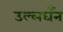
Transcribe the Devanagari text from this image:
उल्लघँन